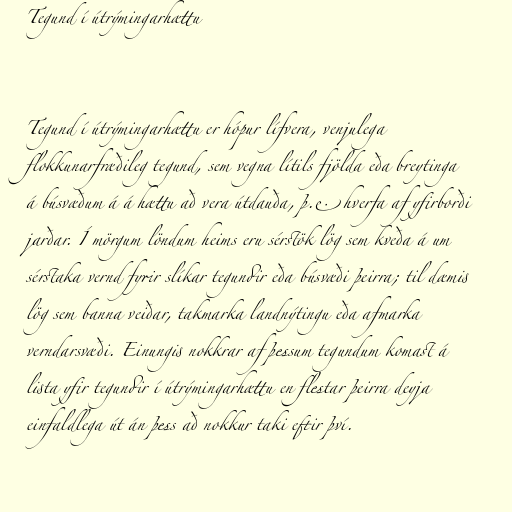
Tegund í útrýmingarhættu

Tegund í útrýmingarhættu er hópur lífvera, venjulega
flokkunarfræðileg tegund, sem vegna lítils fjölda eða breytinga
á búsvæðum á á hættu að vera útdauða, þ.e. hverfa af yfirborði
jarðar. Í mörgum löndum heims eru sérstök lög sem kveða á um
sérstaka vernd fyrir slíkar tegundir eða búsvæði þeirra; til dæmis
lög sem banna veiðar, takmarka landnýtingu eða afmarka
verndarsvæði. Einungis nokkrar af þessum tegundum komast á
lista yfir tegundir í útrýmingarhættu en flestar þeirra deyja
einfaldlega út án þess að nokkur taki eftir því.